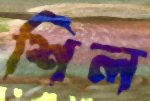
শিল